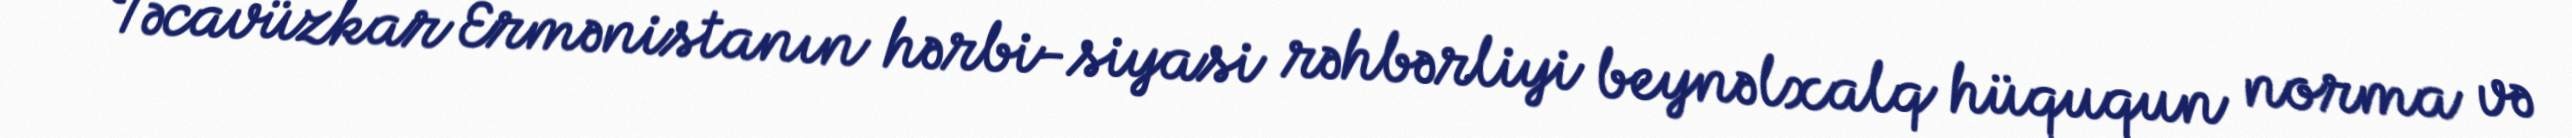
Təcavüzkar Ermənistanın hərbi-siyasi rəhbərliyi beynəlxalq hüququn norma və